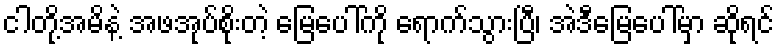
ငါတို့အမိနဲ့ အဖအုပ်စိုးတဲ့ မြေပေါ်ကို ရောက်သွားပြီ၊ အဲဒီမြေပေါ်မှာ ဆိုရင်